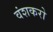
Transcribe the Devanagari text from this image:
वंशकरो